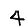
Digit: 4